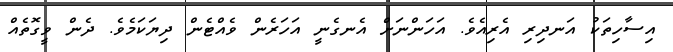
އިސާހިތަކު އަނދިރި އެރިއެވެ. އަހަންނަށް އެނގެނީ އަހަރެން ވެއްޓެން ދިޔަކަމެވެ. ދެން ވީގޮތެއް